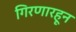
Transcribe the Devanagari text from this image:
गिरणारहून